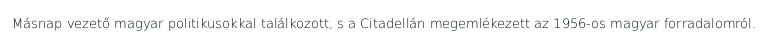
Másnap vezető magyar politikusokkal találkozott, s a Citadellán megemlékezett az 1956-os magyar forradalomról.